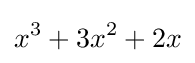
x^{3}+3x^{2}+2x